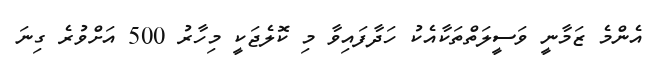
އެންމެ ޒަމާނީ ވަސީލަތްތަކާއެކު ހަދާފައިވާ މި ކޮލެޖަކީ މިހާރު 500 އަށްވުރެ ގިނަ